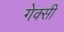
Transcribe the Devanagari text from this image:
गेक्सी